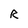
Character: R